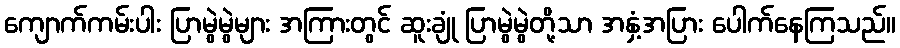
ကျောက်ကမ်းပါး ပြာမွဲမွဲများ အကြားတွင် ဆူးချုံ ပြာမွဲမွဲတို့သာ အနှံ့အပြား ပေါက်နေကြသည်။